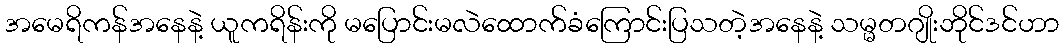
အမေရိကန်အနေနဲ့ ယူကရိန်းကို မပြောင်းမလဲထောက်ခံကြောင်းပြသတဲ့အနေနဲ့ သမ္မတဂျိုးဘိုင်ဒင်ဟာ